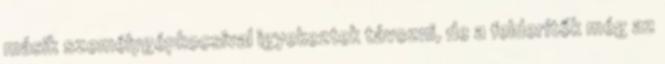
másik személygépkocsival igyekeztek távozni, de a felderítők még az